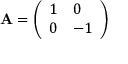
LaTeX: \mathbf { A } = { \left( \begin{array} { l l } { 1 } & { 0 } \\ { 0 } & { - 1 } \end{array} \right) }